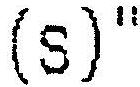
(S)"